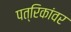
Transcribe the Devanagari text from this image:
पत्रिकांवर